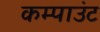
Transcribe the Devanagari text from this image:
कम्पाउंट